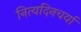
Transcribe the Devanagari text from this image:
नित्यदिनचर्या